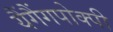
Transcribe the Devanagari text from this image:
यैंगैंगपोक्पी